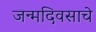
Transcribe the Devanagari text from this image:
जन्मदिवसाचे